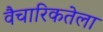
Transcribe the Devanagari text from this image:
वैचारिकतेला